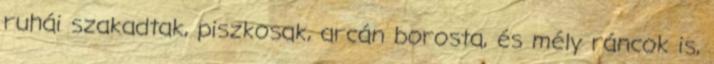
ruhái szakadtak, piszkosak, arcán borosta, és mély ráncok is,